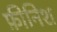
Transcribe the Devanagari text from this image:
फ़ीनिश